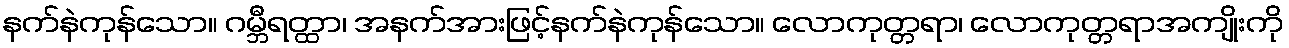
နက်နဲကုန်သော။ ဂမ္ဘီရတ္ထာ၊ အနက်အားဖြင့်နက်နဲကုန်သော။ လောကုတ္တရာ၊ လောကုတ္တရာအကျိုးကို